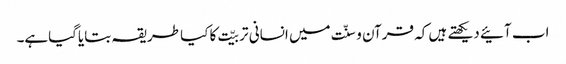
اب آئیے دیکھتے ہیں کہ قرآن و سنّت میں انسانی تربیّت کا کیا طریقہ بتایاگیاہے۔